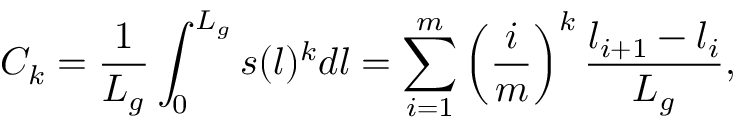
C _ { k } = \frac { 1 } { L _ { g } } \int _ { 0 } ^ { L _ { g } } s ( l ) ^ { k } d l = \sum _ { i = 1 } ^ { m } \left( \frac { i } { m } \right) ^ { k } \frac { l _ { i + 1 } - l _ { i } } { L _ { g } } ,